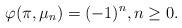
LaTeX: \begin{align*}\varphi(\pi, \mu_n)=(-1)^n, n \geq 0.\end{align*}